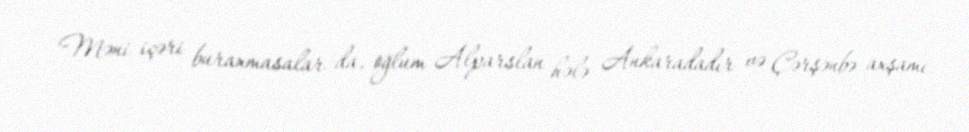
Məni içəri buraxmasalar da, oğlum Alparslan hələ Ankaradadır və Çərşənbə axşamı